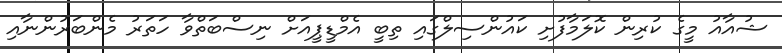
ޝުއާއު މީގެ ކުރިން ކޮލަމާފުށި ކައުންސިލްގައި ތިބީ އެމްޑީޕީއަށް ނިސްބަތްވާ ހަތަރު މެންބަރުންނާއި